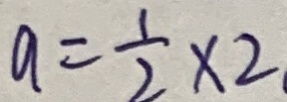
a = \frac { 1 } { 2 } \times 2